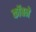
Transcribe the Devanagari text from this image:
कॉबने